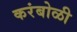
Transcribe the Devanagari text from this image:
करंबोळी